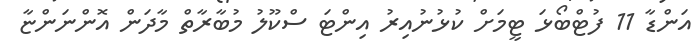
އަންޑާ 11 ފުޓްބޯޅަ ޓީމަށް ކުޅުނުއިރު އިންޓަ ސްކޫލު މުބާރާތް މާދަން އޮންނަންޏާ